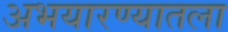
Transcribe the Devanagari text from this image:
अभयारण्यातला